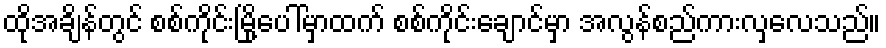
ထိုအချိန်တွင် စစ်ကိုင်းမြို့ပေါ်မှာထက် စစ်ကိုင်းချောင်မှာ အလွန်စည်ကားလှလေသည်။